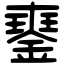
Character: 䥅